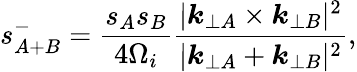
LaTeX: s_{A+B}^{-}=\frac{s_{A}s_{B}}{4\Omega_{i}}\frac{|\boldsymbol{k}_{\perp A}\times\boldsymbol{k}_{\perp B}|^{2}}{|\boldsymbol{k}_{\perp A}+\boldsymbol{k}_{\perp B}|^{2}},